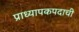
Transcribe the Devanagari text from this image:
प्राध्यापकपदाची